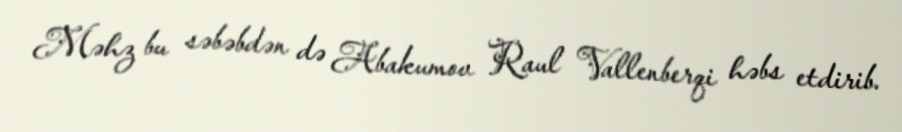
Məhz bu səbəbdən də Abakumov Raul Vallenberqi həbs etdirib.